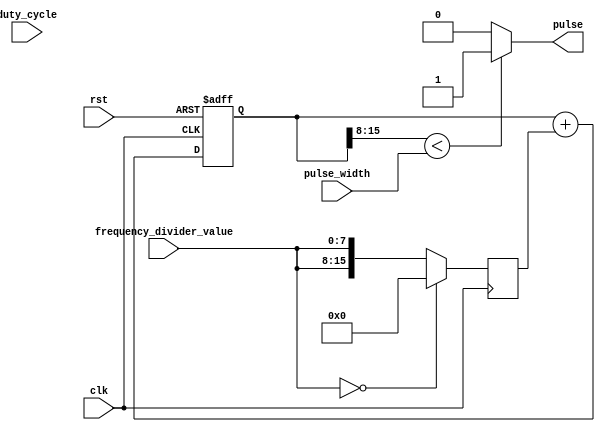
module variable_frequency_pulse_generator(
    input wire clk,
    input wire rst,
    input wire [7:0] frequency_divider_value,
    input wire [7:0] pulse_width,
    input wire [7:0] duty_cycle,
    output reg pulse
);

reg [15:0] phase_accumulator;
reg [15:0] phase_increment;

always @(posedge clk or posedge rst) begin
    if (rst) begin
        phase_accumulator <= 16'd0;
    end else begin
        phase_accumulator <= phase_accumulator + phase_increment;
    end
end

always @(posedge clk) begin
    if (frequency_divider_value == 8'h00) begin
        phase_increment <= 16'd0;
    end else begin
        phase_increment <= {16{frequency_divider_value}}; 
    end
end

always @(*) begin
    pulse = (phase_accumulator[15:8] < pulse_width) ? 1'b1 : 1'b0;
end

endmodule